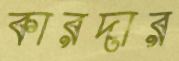
কারদার